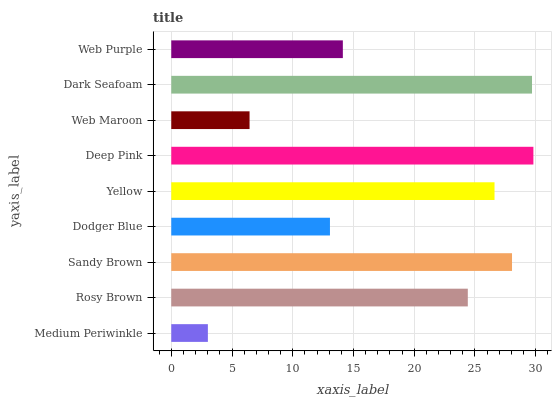
| yaxis_label | bars |
 | --- | --- |
 | Medium Periwinkle | 3.01 |
 | Rosy Brown | 24.4 |
 | Sandy Brown | 28.1 |
 | Dodger Blue | 13.1 |
 | Yellow | 26.6 |
 | Deep Pink | 29.8 |
 | Web Maroon | 6.45 |
 | Dark Seafoam | 29.7 |
 | Web Purple | 14.1 |